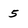
Character: 5